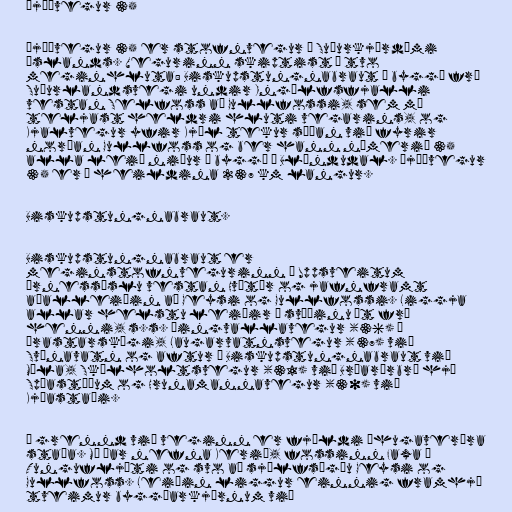
Þjóðvegur 35

Þjóðvegur 35 er stofnvegur í Suðurkjördæmi
Íslands. Vegurinn skiptist í tvo
meginhluta: Biskupstungnabraut í byggð frá
Suðurlandsvegi undir Ingólfsfjalli
vestan Selfoss að Gullfossi, sem má
teljast heldri hluti vegarins, og
Kjalvegur yfir Kjöl tekur síðan við fyrir
norðan Gullfoss og ber hann númerið 35
alla leið niður í byggð í Blöndudal. Þjóðvegur
35 er í heildina 237 km langur.

Biskupstungnabraut.

Biskupstungnabraut er
meginstofnvegurinn í Uppsveitum
Árnessýslu vestan Hvítár og jafnframt
aðalleiðin að Geysi og Gullfossi. Liggja
allar helstu leiðir á svæðinu út frá
henni, s.s. Þingvallavegur (36) í
Þrastarskógi, Laugarvatnsvegur (37) við
Svínavatn og aftur á Biskupstungnabraut við
Múla, Skálholtsvegur (31) við Brúarárbrú hjá
Spóastöðum og Hrunamannavegur (30) við
Kjóastaði.

Í grennd við veginn er fjöldi áhugaverðra
staða. Má þar nefna Kerið, fossinn Faxa í
Tungufljóti og svo að sjálfsögðu Geysi og
Gullfoss. Leiðin liggur einnig framhjá
tveimur byggðarkjörnum við